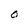
Character: O